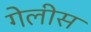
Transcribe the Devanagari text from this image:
गेलीस